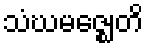
သံဃမဇ္ဈေတိ